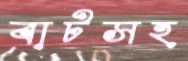
বাটসহ